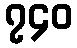
၇၄၀